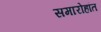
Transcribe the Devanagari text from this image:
समारोहांत